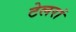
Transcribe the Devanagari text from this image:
टेलरां